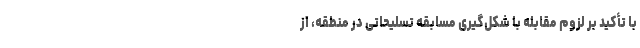
با تأکید بر لزوم مقابله با شکل‌گیری مسابقه تسلیحاتی در منطقه، از